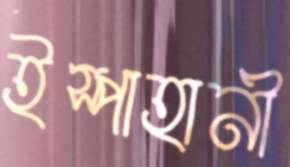
ইস্পাহানী